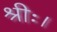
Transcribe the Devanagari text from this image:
श्रीः।